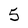
Character: 5